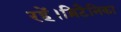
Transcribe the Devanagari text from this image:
रहें।ब्रिटैनिका